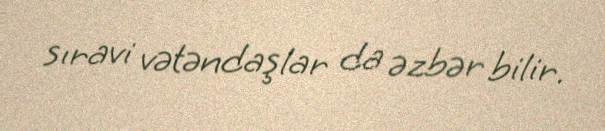
sıravi vətəndaşlar da əzbər bilir.